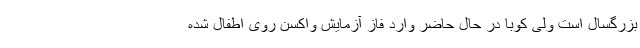
بزرگسال است ولی کوبا در حال حاضر وارد فاز آزمایش واکسن روی اطفال شده